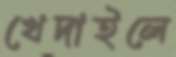
খেদাইলে